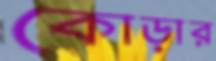
কোড়ার